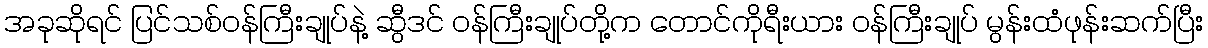
အခုဆိုရင် ပြင်သစ်ဝန်ကြီးချုပ်နဲ့ ဆွီဒင် ဝန်ကြီးချုပ်တို့က တောင်ကိုရီးယား ဝန်ကြီးချုပ် မွန်းထံဖုန်းဆက်ပြီး